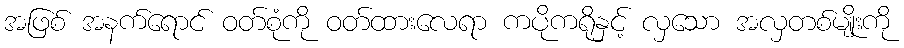
အဖြစ် အနက်ရောင် ဝတ်စုံကို ဝတ်ထားလေရာ ကပိုကရိုနှင့် လှသော အလှတစ်မျိုးကို